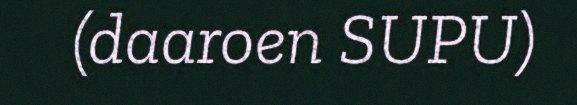
(daaroen SUPU)